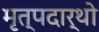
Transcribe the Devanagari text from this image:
मृत्पदार्थो